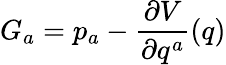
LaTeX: G_{a}=p_{a}-\frac{\partial V}{\partial q^{a}}(q)